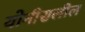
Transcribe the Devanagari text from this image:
योनीसलील